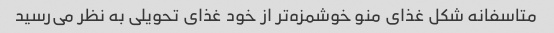
متاسفانه شکل غذای منو خوشمزه‌تر از خود غذای تحویلی به نظر می‌رسید